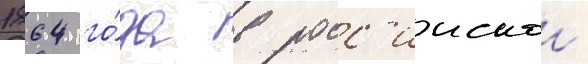
1864 го́да в росс'иискои